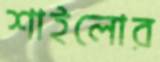
শাইলোর